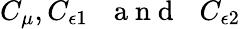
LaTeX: C_{\mu},C_{\epsilon 1}\mathrm{~\, ~\ a~n~d~\, ~\ }C_{\epsilon 2}